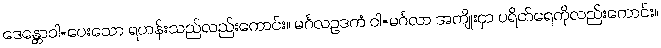
ဒေန္တောဝါ=ပေးသော ရဟန်းသည်လည်းကောင်း။ မင်္ဂလဥဒကံ ဝါ=မင်္ဂလာ အကျိုးငှာ ပရိတ်ရေကိုလည်းကောင်း။